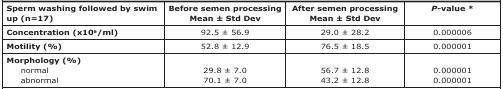
<table><thead><tr><td><b>Sperm washing followed by swim up(n=17)</b></td><td><b>Before semen processing Mean ± StdDev</b></td><td><b>After semen processing Mean ± StdDev</b></td><td><b><i>P</i>-value *</b></td></tr></thead><tbody><tr><td><b>Concentration(x10<sup>6</sup>/ml)</b></td><td>92.5 ± 56.9</td><td>29.0 ± 28.2</td><td>0.000006</td></tr><tr><td><b>Motility (%)</b></td><td>52.8 ± 12.9</td><td>76.5 ± 18.5</td><td>0.000001</td></tr><tr><td><b>Morphology(%)</b>normalabnormal</td><td>29.8 ± 7.0 70.1 ±7.0 </td><td>56.7 ± 12.8 43.2 ±12.8</td><td>0.000001 0.000001</td></tr></tbody></table>